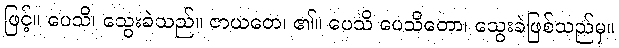
ဖြင့်။ ပေသိ၊ သွေးခဲသည်။ ဇာယတေ၊ ၏။ ပေသိ ပေသိတော၊ သွေးခဲဖြစ်သည်မှ။